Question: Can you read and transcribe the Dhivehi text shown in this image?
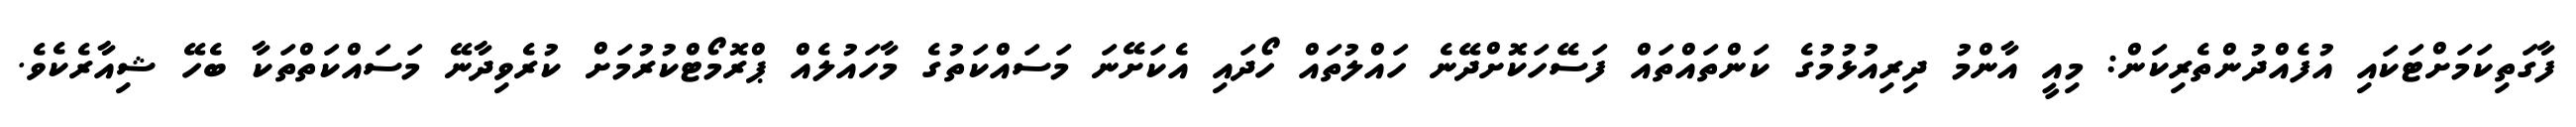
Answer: ފާގަތިކަމަށްޓަކައި އުފެއްދުންތެރިކަން: މިއީ އާންމު ދިރިއުޅުމުގެ ކަންތައްތައް ފަސޭހަކޮށްދޭނެ ހައްލުތައް ހޯދައި އެކަށޭނަ މަސައްކަތުގެ މާހައުލެއް ޕްރޮމޯޓްކުރުމަށް ކުރެވިދާނޭ މަސައްކަތްތަކާ ބެހޭ ޝިއާރެކެވެ.